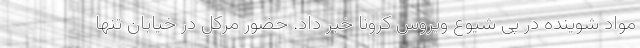
مواد شوینده در پی شیوع ویروس کرونا خبر داد. حضور مرکل در خیابان تنها